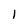
Character: l